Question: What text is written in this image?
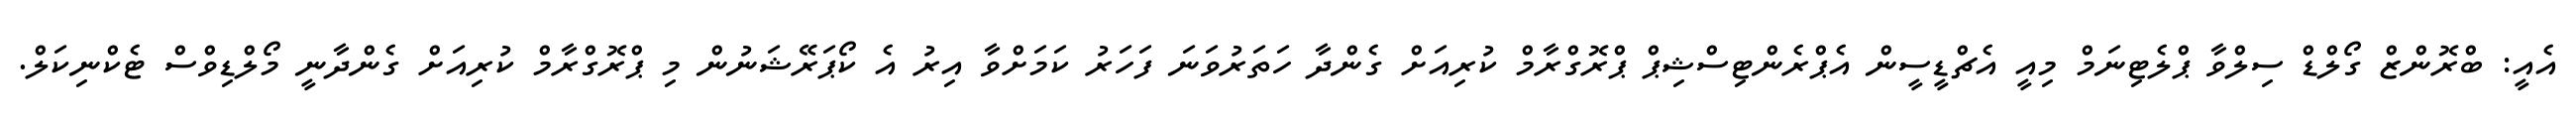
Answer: އެއީ: ބްރޮންޒް ގޯލްޑް ސިލްވާ ޕްލެޓިނަމް މިއީ އެޗްޑީސީން އެޕްރެންޓިސްޝިޕް ޕްރޮގްރާމް ކުރިއަށް ގެންދާ ހަތަރުވަނަ ފަހަރު ކަމަށްވާ އިރު އެ ކޯޕަރޭޝަނުން މި ޕްރޮގްރާމް ކުރިއަށް ގެންދާނީ މޯލްޑިވްސް ޓެކްނިކަލް.